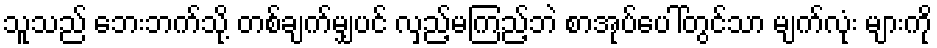
သူသည် ဘေးဘက်သို့ တစ်ချက်မျှပင် လှည့်မကြည့်ဘဲ စာအုပ်ပေါ်တွင်သာ မျက်လုံး များကို